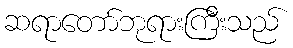
ဆရာတော်ဘုရားကြီးသည်